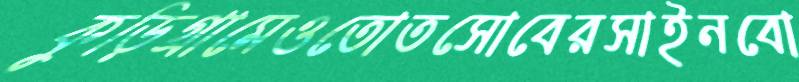
কুড়িগ্রামেওতোতসোবেরসাইনবো